Indian journal of veterinary science and animal husbandry - Volume 5,
Year: 1935
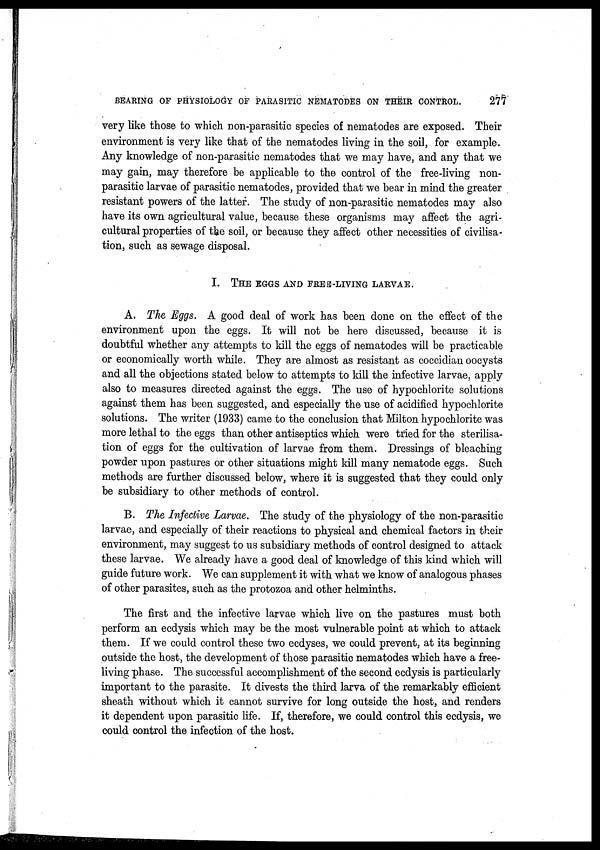
BEARING OF PHYSIOLOGY OF PARASITIC NEMATODES ON THEIR CONTROL.
277
very like those to which non-parasitic species of nematodes are exposed. Their
environment is very like that of the nematodes living in the soil, for example.
Any knowledge of non-parasitic nematodes that we may have, and any that we
may gain, may therefore be applicable to the control of the free-living non-
parasitic larvae of parasitic nematodes, provided that we bear in mind the greater
resistant powers of the latter. The study of non-parasitic nematodes may also
have its own agricultural value, because these organisms may affect the agri-
cultural properties of the soil, or because they affect other necessities of civilisa-
tion, such as sewage disposal.
I. THE EGGS AND FREE-LIVING LARVAE.
A. The Eggs. A good deal of work has been done on the effect of the
environment upon the eggs. It will not be here discussed, because it is
doubtful whether any attempts to kill the eggs of nematodes will be practicable
or economically worth while. They are almost as resistant as coccidian oocysts
and all the objections stated below to attempts to kill the infective larvae, apply
also to measures directed against the eggs. The use of hypochlorite solutions
against them has been suggested, and especially the use of acidified hypochlorite
solutions. The writer (1933) came to the conclusion that Milton hypochlorite was
more lethal to the eggs than other antiseptics which were tried for the sterilisa-
tion of eggs for the cultivation of larvae from them. Dressings of bleaching
powder upon pastures or other situations might kill many nematode eggs. Such
methods are further discussed below, where it is suggested that they could only
be subsidiary to other methods of control.
B. The Infective Larvae. The study of the physiology of the non-parasitic
larvae, and especially of their reactions to physical and chemical factors in their
environment, may suggest to us subsidiary methods of control designed to attack
these larvae. We already have a good deal of knowledge of this kind which will
guide future work. We can supplement it with what we know of analogous phases
of other parasites, such as the protozoa and other helminths.
The first and the infective larvae which live on the pastures must both
perform an ecdysis which may be the most vulnerable point at which to attack
them. If we could control these two ecdyses, we could prevent, at its beginning
outside the host, the development of those parasitic nematodes which have a free-
living phase. The successful accomplishment of the second ecdysis is particularly
important to the parasite. It divests the third larva of the remarkably efficient
sheath without which it cannot survive for long outside the host, and renders
it dependent upon parasitic life. If, therefore, we could control this ecdysis, we
could control the infection of the host.